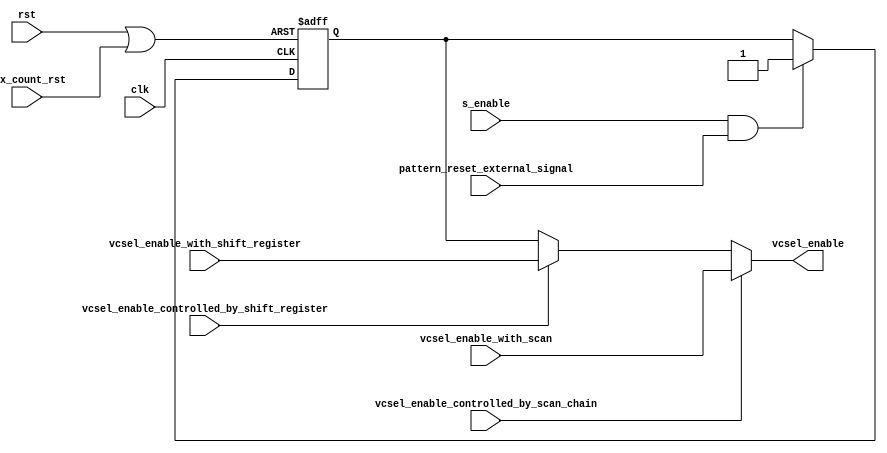
// time scale
`timescale 1ns/1ps

// no undeclared nets
//`default_nettype none

module DigitalCore_VCSELController(
        
        //---------------------------------------------------------------------------
        //  Ports
        //---------------------------------------------------------------------------
        rst,
        clk,
        max_count_rst,
        
        // Config signals
        vcsel_enable_controlled_by_scan_chain,
        vcsel_enable_with_scan, 
        vcsel_enable_controlled_by_shift_register,
        vcsel_enable_with_shift_register,
        
        // Signals for simple VCSEL enable with SUpdate and SEnable
        s_enable,
        pattern_reset_external_signal,
        
        // Final output
        vcsel_enable
        //---------------------------------------------------------------------------        

    );

    //-----------------------------------------------------------------------------------
    //   I/O
    //-----------------------------------------------------------------------------------
    input   wire            rst;
    input   wire            clk;
    input   wire            max_count_rst;
    input   wire            vcsel_enable_controlled_by_scan_chain;
    input   wire            vcsel_enable_with_scan;
    input   wire            vcsel_enable_controlled_by_shift_register;
    input   wire            vcsel_enable_with_shift_register;
    input   wire            s_enable;
    input   wire            pattern_reset_external_signal;
    output  wire            vcsel_enable;

	
    //-----------------------------------------------------------------------------------
    //  Genvars
    //-----------------------------------------------------------------------------------
    genvar                  i;

	
    //-----------------------------------------------------------------------------------
    //   Wires
    //-----------------------------------------------------------------------------------
    wire                    vcsel_enable_dynamic;
    reg                     vcsel_enable_with_simple;
    wire                    vcsel_enable_rst;

    //-----------------------------------------------------------------------------------
    //   Assigns
    //-----------------------------------------------------------------------------------
    // Master VCSEL enable signal, choose through scan chain or through dynamic configuration
    assign vcsel_enable = vcsel_enable_controlled_by_scan_chain ? vcsel_enable_with_scan : vcsel_enable_dynamic;
    
    // Dynamic configuration done simple way (SEnable and SUpdate tied high) or with the shift register
    assign vcsel_enable_dynamic = vcsel_enable_controlled_by_shift_register ? vcsel_enable_with_shift_register : vcsel_enable_with_simple;
    
    // Reset at the end of the pattern
    assign vcsel_enable_rst = rst | max_count_rst;
    

    //-----------------------------------------------------------------------------------
    //  Register for setting vcsel_enable_with_simple
    //-----------------------------------------------------------------------------------
    always @(posedge clk or posedge vcsel_enable_rst) begin
        if (vcsel_enable_rst) begin
            vcsel_enable_with_simple <= 1'b0;
        end else if (s_enable & pattern_reset_external_signal) begin	
            vcsel_enable_with_simple <= 1'b1;
        end
    end
    

endmodule